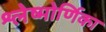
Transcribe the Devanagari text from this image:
श्लेष्मोर्णिका